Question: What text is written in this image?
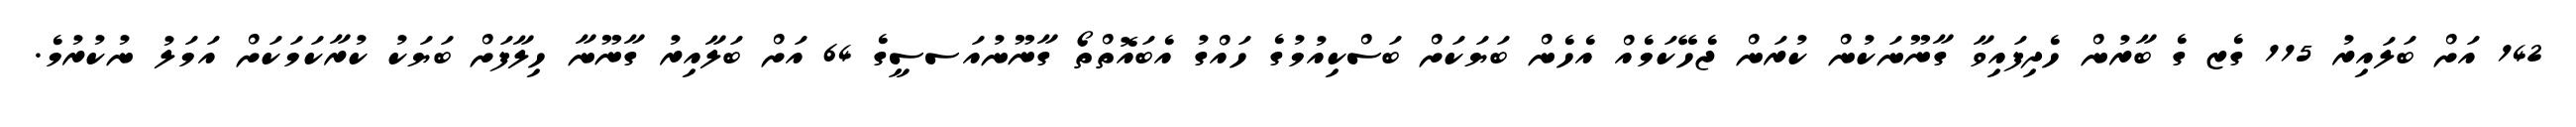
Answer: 142 އަށް ބަލައިރު 115 ގެޒ ގެ ބާރުން ހެދިފައިވާ ގާނޫނަކުން ކުރަން ޖެހޭކަމެއް އެހެން ބަޔަކަށް ބަސްކިއުމުގެ ހައްގު އެބައޮތްތޯ ގާނޫނުއަސސީގެ 64 އަށް ބަލާއިރު ގާނޫނާ ހިލާފަށް ބަޔަކު ކުރާކަމަކަށް އަމަލު ނުކުރުމެ.